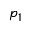
p _ { 1 }